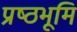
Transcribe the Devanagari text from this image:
प्रष्‍ठभूमि